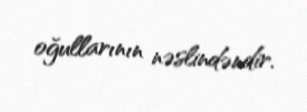
oğullarının nəslindəndir.